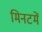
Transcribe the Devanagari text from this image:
मिनटमें